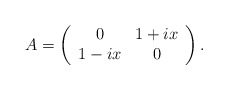
\begin{align*}A =\left(\begin{array}{cc}0 & 1 + i x \\1 - ix & 0\end{array}\right).\end{align*}